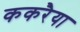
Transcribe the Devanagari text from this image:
ककरैया